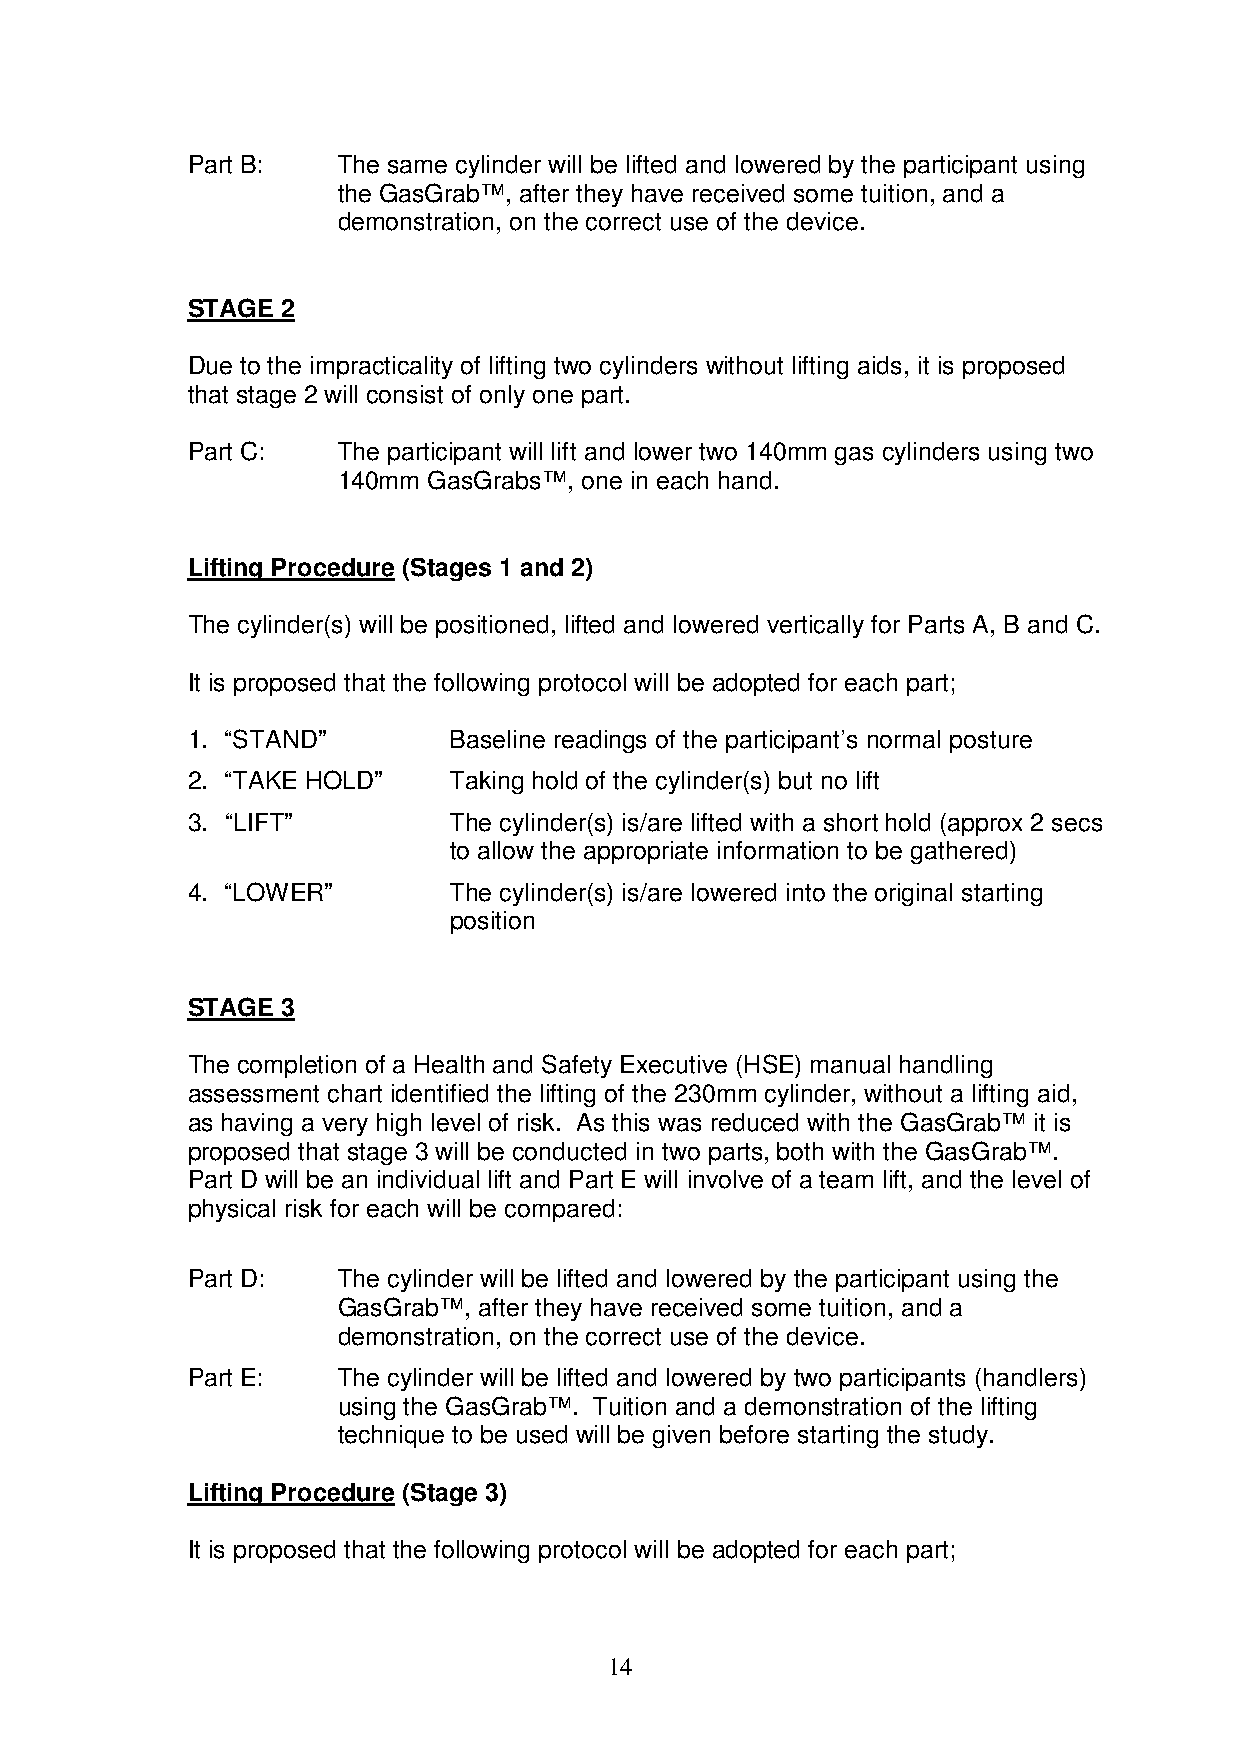
Part B:   The same cylinder will be lifted and lowered by the participant using
 the GasGrab™, after they have received some tuition, and a
 demonstration, on the correct use of the device.
 STAGE  2
 Due to the impracticality of lifting two cylinders without lifting aids, it is proposed
 that stage 2 will consist of only one part.
 Part C:   The participant will lift and lower two 140mm gas cylinders using two
 140mm GasGrabs™, one in each hand.
 Lifting Procedure (Stages 1 and 2)
 The cylinder(s) will be positioned, lifted and lowered vertically for Parts A, B and C.
 It is proposed that the following protocol will be adopted for each part;
 1. “STAND”        Baseline readings of the participant’s normal posture
 2. “TAKE HOLD”    Taking hold of the cylinder(s) but no lift
 3. “LIFT”         The cylinder(s) is/are lifted with a short hold (approx 2 secs
 to allow the appropriate information to be gathered)
 4. “LOWER”        The cylinder(s) is/are lowered into the original starting
 position
 STAGE  3
 The completion of a Health and Safety Executive (HSE) manual handling
 assessment chart identified the lifting of the 230mm cylinder, without a lifting aid,
 as having a very high level of risk. As this was reduced with the GasGrab™ it is
 proposed that stage 3 will be conducted in two parts, both with the GasGrab™.
 Part D will be an individual lift and Part E will involve of a team lift, and the level of
 physical risk for each will be compared:
 Part D:   The cylinder will be lifted and lowered by the participant using the
 GasGrab™, after they have received some tuition, and a
 demonstration, on the correct use of the device.
 Part E:   The cylinder will be lifted and lowered by two participants (handlers)
 using the GasGrab™. Tuition and a demonstration of the lifting
 technique to be used will be given before starting the study.
 Lifting Procedure (Stage 3)
 It is proposed that the following protocol will be adopted for each part;
 14